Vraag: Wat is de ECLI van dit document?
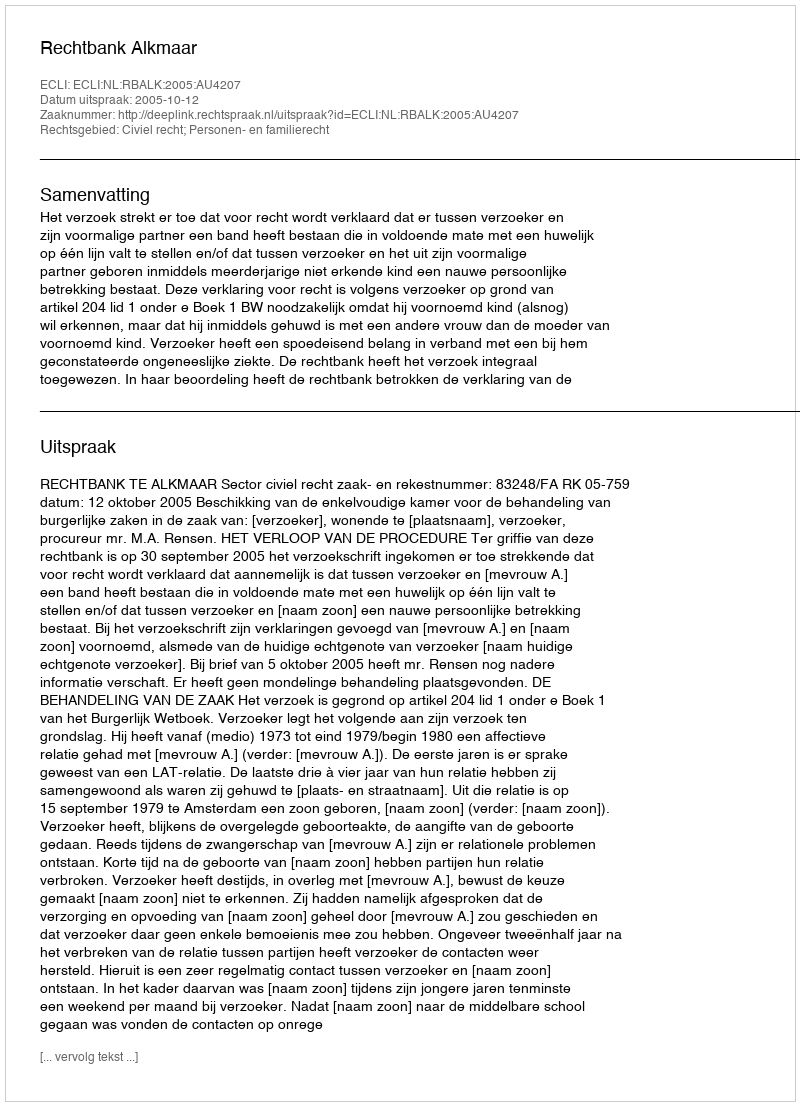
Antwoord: ECLI:NL:RBALK:2005:AU4207